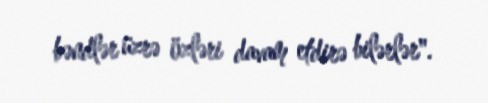
bəndlər üzrə özləri davam etdirə bilərlər".